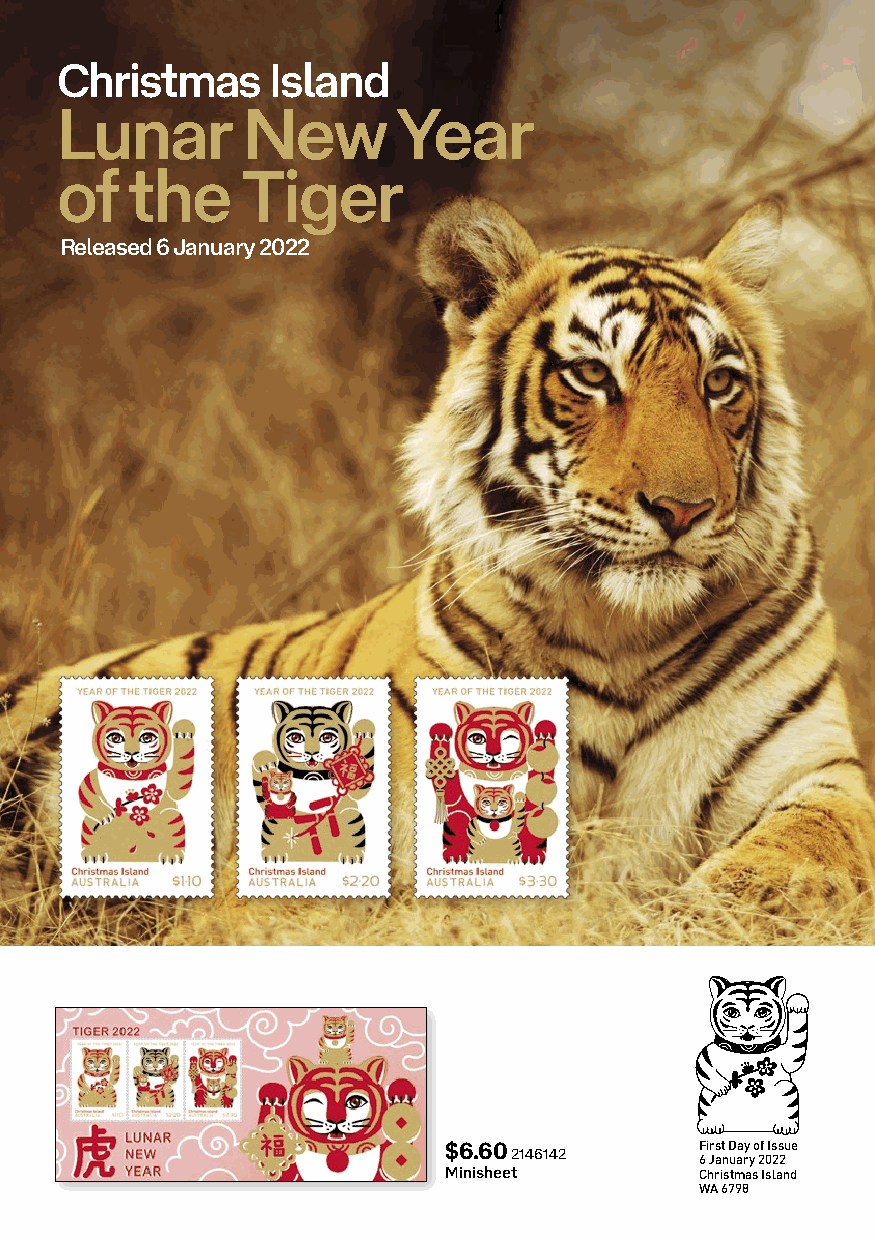
Christmas     Island
 Lunar       New       Year
 of  the     Tiger
 Released 6 January 2022
 $6.60 2146142    F 6 i Jrs at n D uaa ry y o 2f 0Is 2s 2ue
 Minisheet        Christmas Island
 WA 6798
 DESIGN MANAGER (after FA sign off) Date